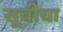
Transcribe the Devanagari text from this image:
सूचीचा